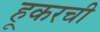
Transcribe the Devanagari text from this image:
हूकरची